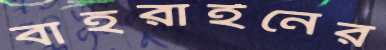
বাহরাইনের